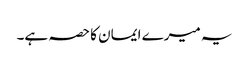
یہ میرے ایمان کا حصہ ہے۔